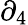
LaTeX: \partial_{4}